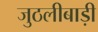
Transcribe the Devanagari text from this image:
जुठलीबाड़ी